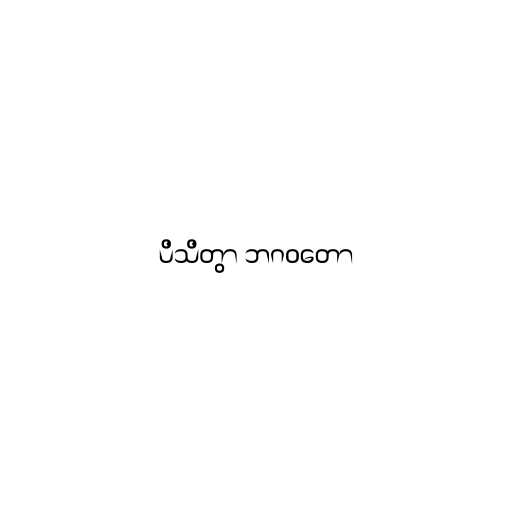
ပိသိတွာ ဘဂဝတော